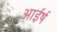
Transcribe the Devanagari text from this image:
आईर्ष